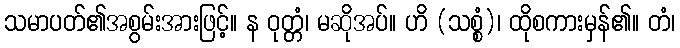
သမာပတ်၏အစွမ်းအားဖြင့်။ န ဝုတ္တံ၊ မဆိုအပ်။ ဟိ (သစ္စံ)၊ ထိုစကားမှန်၏။ တံ၊